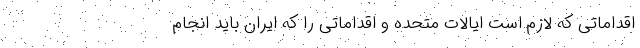
اقداماتی که لازم است ایالات متحده و اقداماتی را که ایران باید انجام